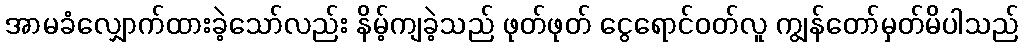
အာမခံလျှောက်ထားခဲ့သော်လည်း နိမ့်ကျခဲ့သည် ဖုတ်ဖုတ် ငွေရောင်ဝတ်လူ ကျွန်တော်မှတ်မိပါသည်